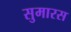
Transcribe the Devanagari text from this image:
सुमारस